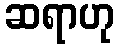
ဆရာဟု